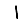
Digit: 1